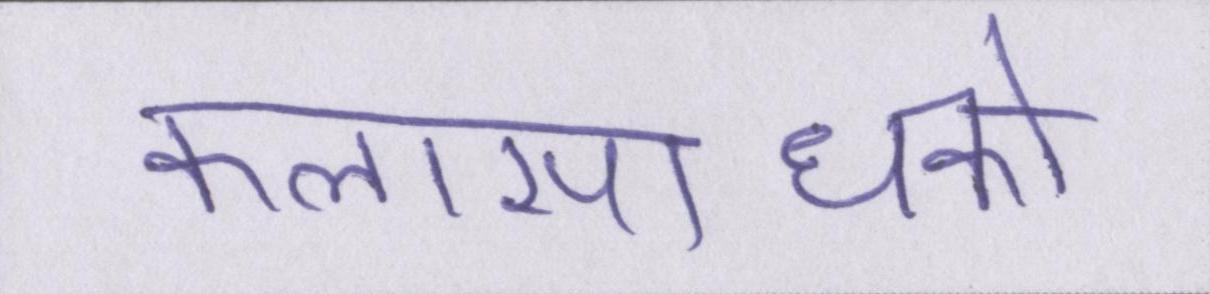
कलासाधकों